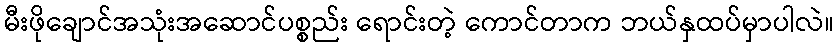
မီးဖိုချောင်အသုံးအဆောင်ပစ္စည်း ရောင်းတဲ့ ကောင်တာက ဘယ်နှထပ်မှာပါလဲ။